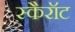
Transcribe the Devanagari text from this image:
स्कैरॉट